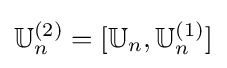
\mathbb {U} _{n}^{(2)}=[\mathbb {U} _{n},\mathbb {U} _{n}^{(1)}]